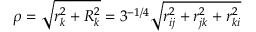
\rho = \sqrt { r _ { k } ^ { 2 } + R _ { k } ^ { 2 } } = 3 ^ { - 1 / 4 } \sqrt { r _ { i j } ^ { 2 } + r _ { j k } ^ { 2 } + r _ { k i } ^ { 2 } }